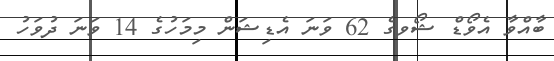
ބާއްވާ އެވޯޑް ޝޯވގެ 62 ވަނަ އެޑިޝަން މިމަހުގެ 14 ވަނަ ދުވަހު